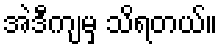
အဲဒီကျမှ သိရတယ်။